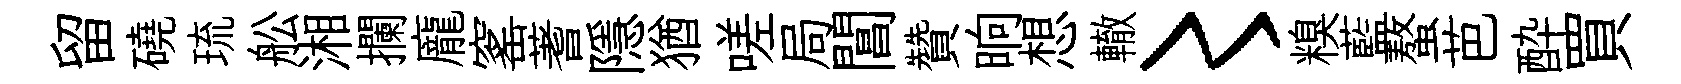
留磽琉舩湘攔龐窰蓍隱猶嗟局閶贊晌想轍〻糗藍螯芭酔買